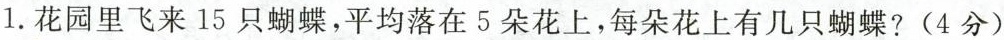
1.花园里飞来15只蝴蝶，平均落在5朵花上，每朵花上有几只蝴蝶？(4分)